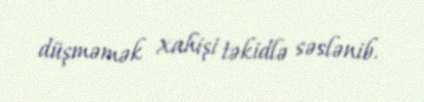
düşməmək xahişi təkidlə səslənib.